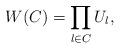
LaTeX: \begin{align*}W(C) = \prod_{l \in C} U_l,\end{align*}